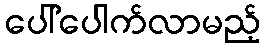
ပေါ်ပေါက်လာမည့်